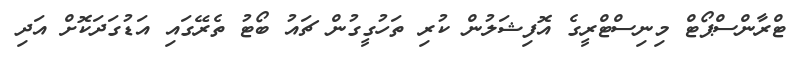
ޓްރާންސްޕޯޓް މިނިސްޓްރީގެ އޮފިޝަލުން ކުރި ތަހުގީގުން ޗައު ބޯޓު ތެރޭގައި އަޑުގަދަކޮށް އަދި